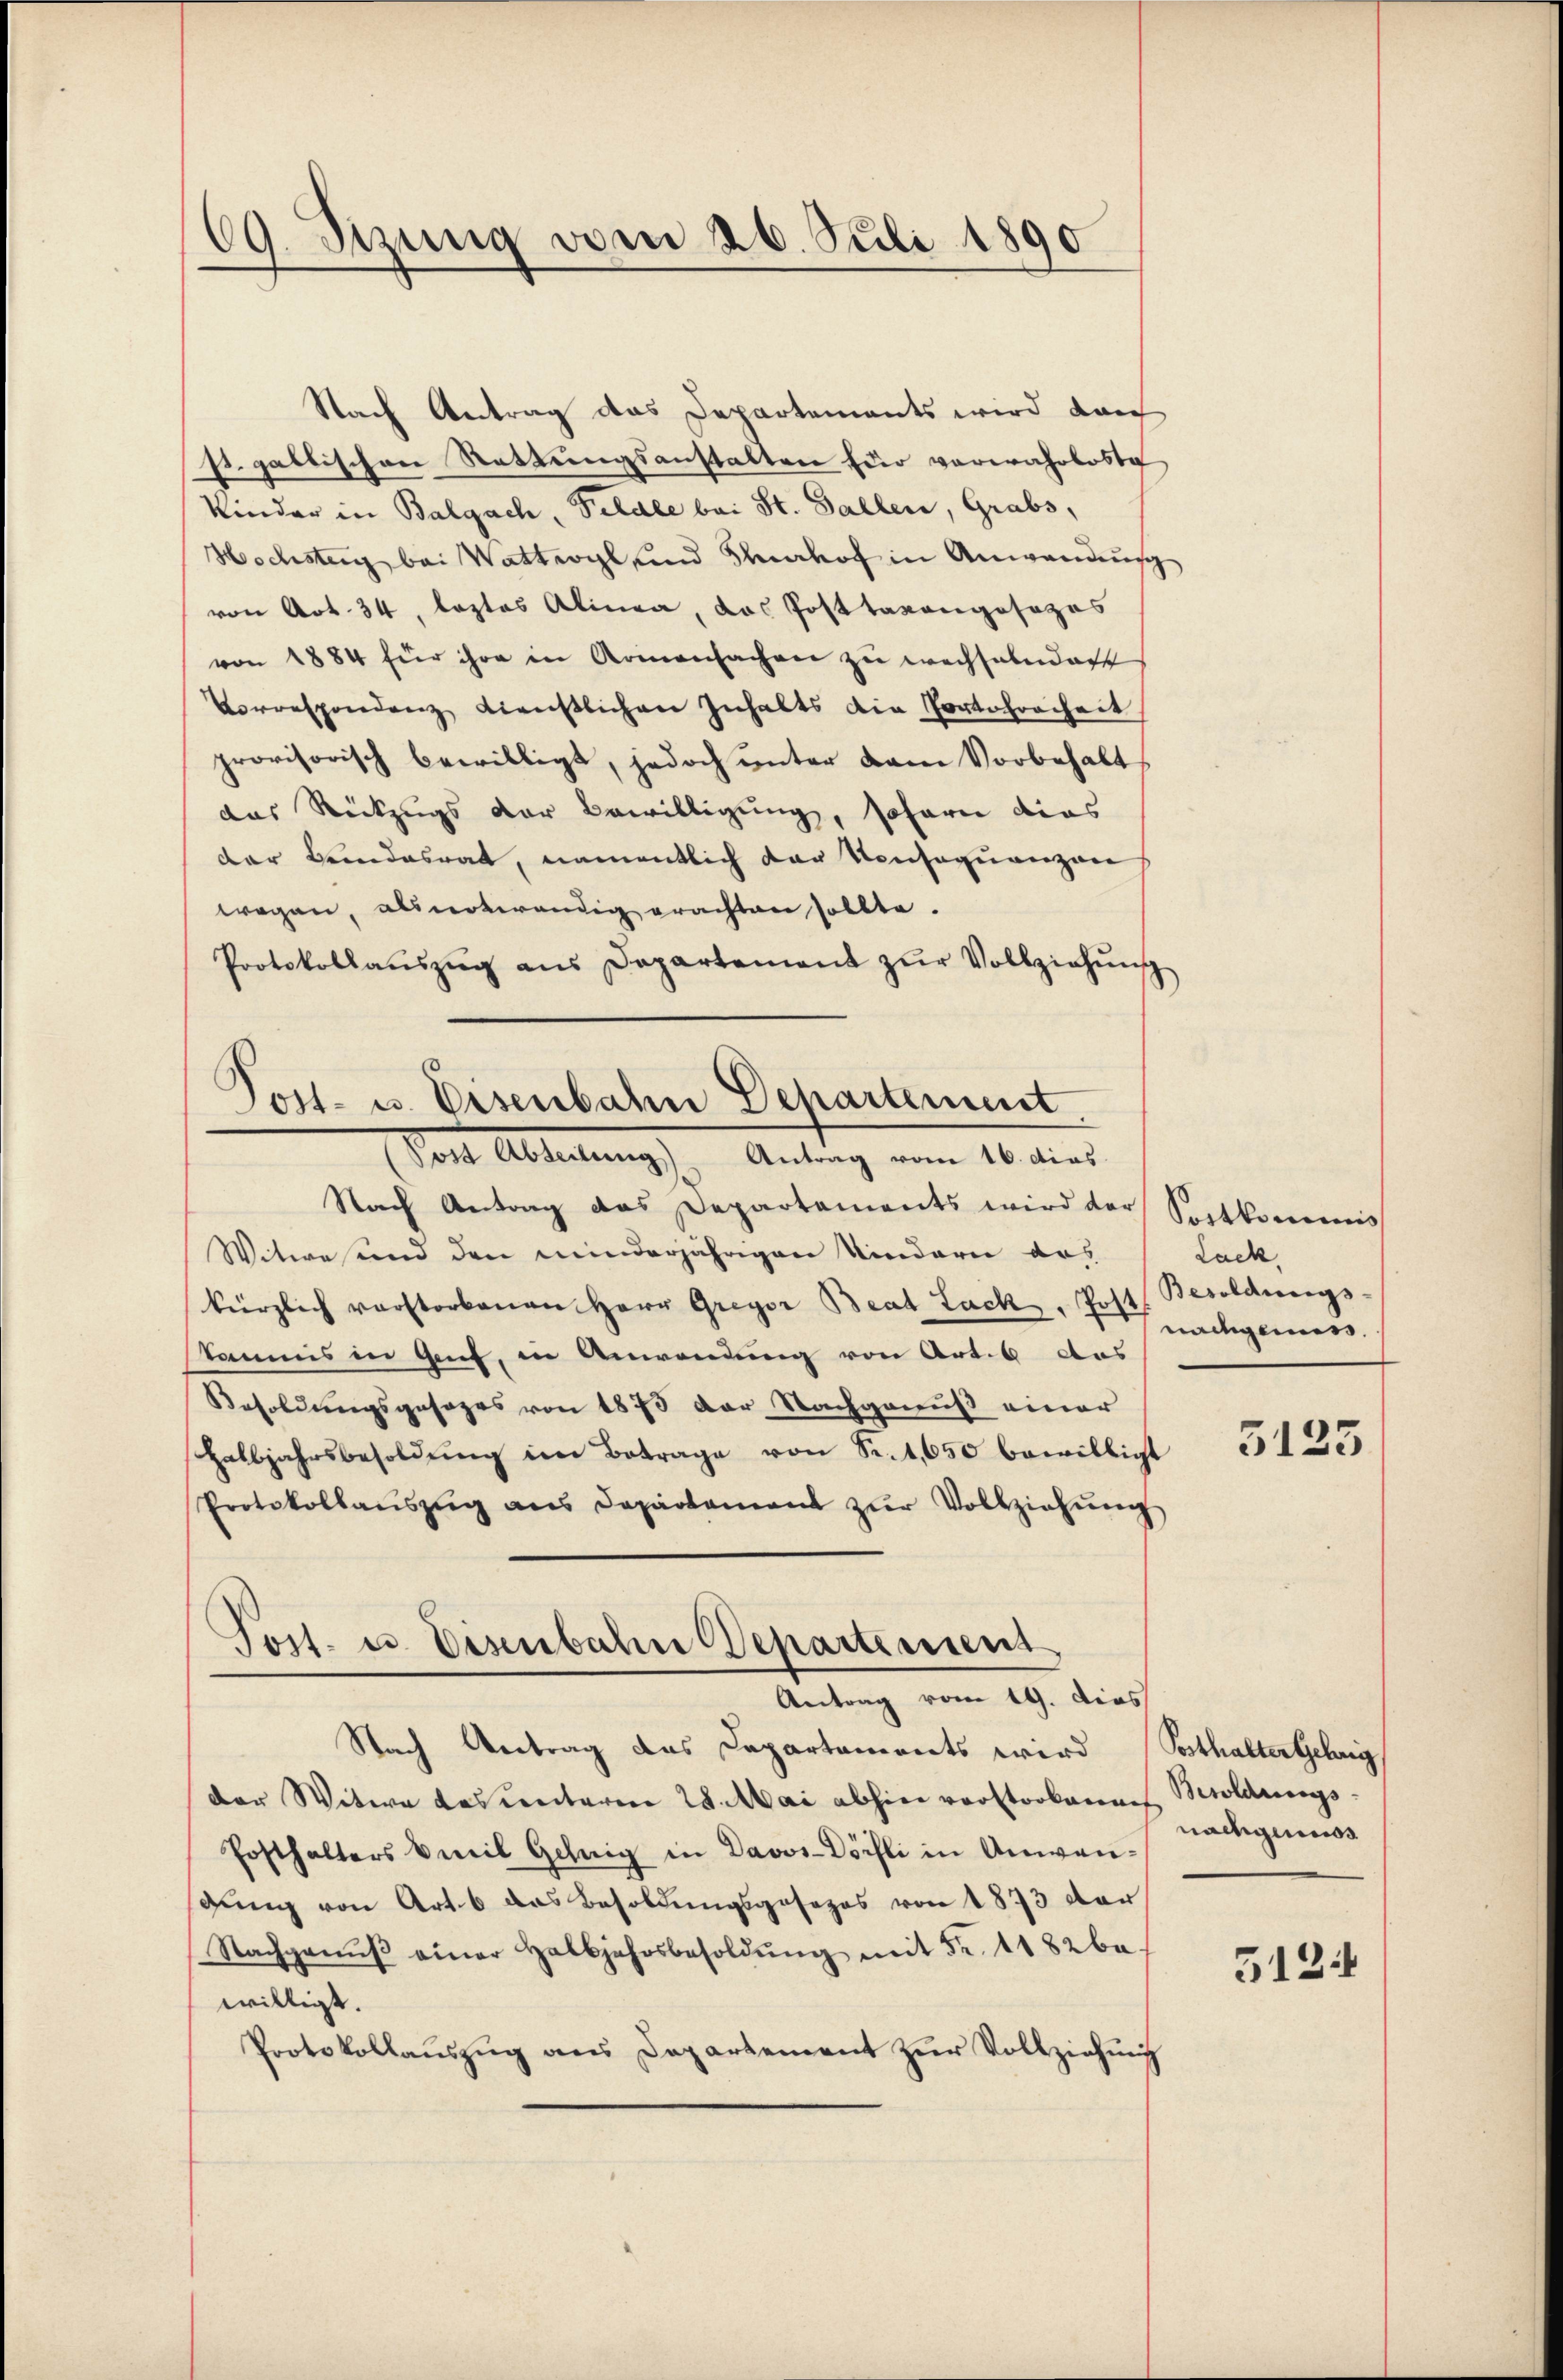
69. Sizung vom 26. Juli 1890

Nach Antrag das Departements wird dan
st. gallischen Rettungsanstalten für verwahrloste
Kinder in Balgach, Petale bei St. Gallen, Grabs,
Hochstag bei Wattwyl und Stenhof in Anwendung
von Art. 34, leztes Alinea, das Posttaxangesezes
von 1884 für ihre in Armensachen zu wechselndert
Vorrespondenz dienstlichen Inhalts die Portohrenheit
provisorisch bewilligt, jedoch unter dem Vorbehalt
das Rückzugs der Bewilligung, sofern dies
der Bundesrat, namentlich der Konsequenzen
wegen, als notwendig erachten sollte.
Protokollaŭszŭg aŭs Departement zŭr Vollziehŭng
.
Post- u. Eisenbahn Departement

Post Abteilung) Antrag vom 16. dies

Post. u. Disenbahn Departement
Antrag vom 19. dies

Nach Antrag das Departements wird der Sachkommis
Witwe und den minderjährigen Kindern das
kürzlich verstorbenen Herr Greyer Beat Lack, Post. Besoldŭngs-
staunis in Gut, in Anwendung von Art. 6 das
Besoldungsgesezes von 1873 der Nachgenuß einer
Halbjahrsbesoldŭng im Betrage von Se.t,650 bewilligt
Protokollaŭszŭg ans Departament zŭr Vollziehŭng
Nach Vertrag des Capartements wird Posthalter Gehrig
der Witwe das centaren 28. Mai abhin vorstorkannes Besoldungs
Posthalters Emil Gehrig in Davos-Dörfli in Anwengung von Art. 6 das Besoldungsgesezes von 1873 der
Nachganŭβ einer Halbjahrsbesoldŭng mit Fr. 1182 be-
willigt.
Protokollaŭszŭg ans Departement zŭr Vollziehŭng

Lack
nachgemein

3123

nachgenuss

5124